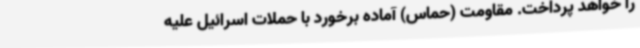
را خواهد پرداخت. مقاومت (حماس) آماده برخورد با حملات اسرائیل علیه